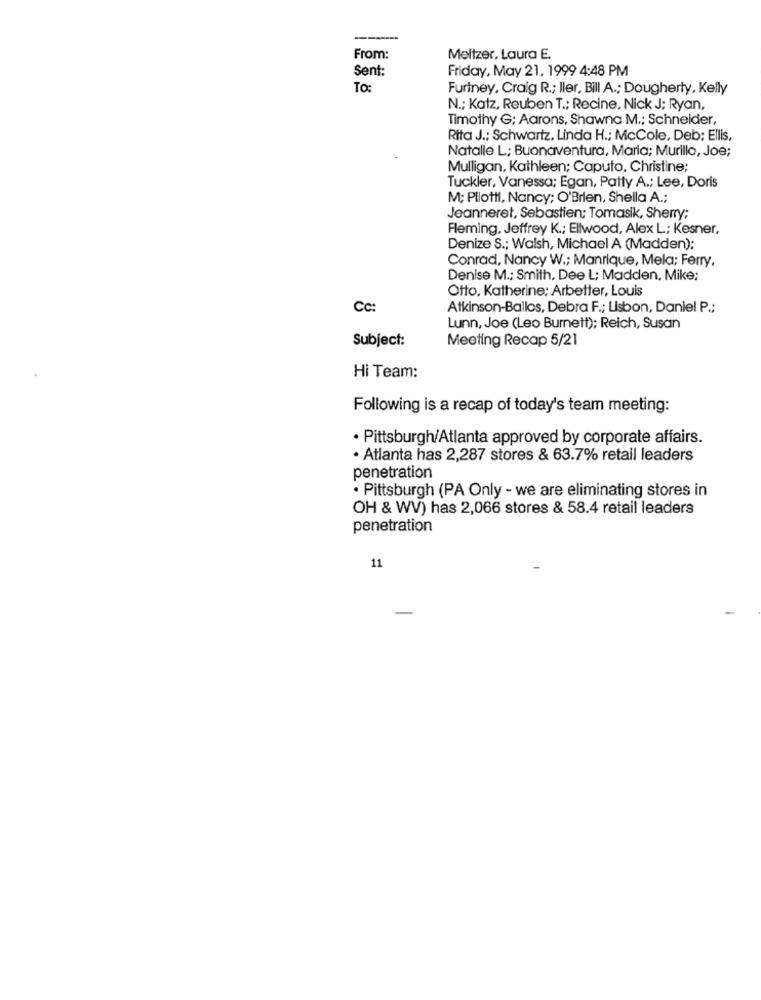
From:
Meltzer, Laura E.
Sent:
Friday, May 21, 1999 4:48 PM
TO:
Furiney, Craig R .; ller, Bill A .; Dougherty, Kelly
N .; Katz, Reuben T .; Recine, Nick J; Ryan,
Timothy G: Aarons, Shawna M .; Schneider,
Rita J .: Schwartz, Linda H .; McCole, Deb: Ellis,
Natalie L; Buonaventura, Maria; Murillo, Joe;
Mulligan, Kathleen; Caputo, Christine;
Tuckler, Vanessa; Egan, Patty A .; Lee, Doris
M; Pllotil, Nancy; O'Brien, Shella A .;
Jeanneret, Sebastien; Tomasik, Sherry;
Fleming. Jeffrey K .; Ellwood, Alex L; Kesner,
Denize S .; Walsh, Michael A (Madden):
Conrad, Nancy W .; Manrique, Mela; Ferry.
Denise M .; Smith, Dee L; Madden, Mike;
Otto. Katherine: Arbetter, Louis
CC:
Atkinson-Ballos, Debra F .; Lisbon, Daniel P .;
Lunn, Joe (Leo Burnett); Reich, Susan
Subject:
Meeting Recap 5/21
Hi Team:
Following is a recap of today's team meeting:
· Pittsburgh/Atlanta approved by corporate affairs.
· Atlanta has 2,287 stores & 63.7% retail leaders
penetration
. Pittsburgh (PA Only - we are eliminating stores in
OH & WV) has 2,066 stores & 58.4 retail leaders
penetration
11